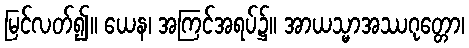
မြင်လတ်၍။ ယေန၊ အကြင်အရပ်၌။ အာယသ္မာအဿဂုတ္တော၊